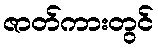
ဇာတ်ကားတွင်